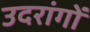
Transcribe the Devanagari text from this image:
उदरांगों